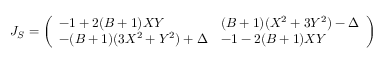
\begin{array} { r } { J _ { S } = \left( \begin{array} { l l } { - 1 + 2 ( B + 1 ) X Y } & { ( B + 1 ) ( X ^ { 2 } + 3 Y ^ { 2 } ) - \Delta } \\ { - ( B + 1 ) ( 3 X ^ { 2 } + Y ^ { 2 } ) + \Delta } & { - 1 - 2 ( B + 1 ) X Y } \end{array} \right) } \end{array}